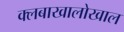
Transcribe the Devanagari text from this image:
क्लबाखालोखाल